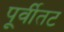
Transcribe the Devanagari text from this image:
पूर्वीतट